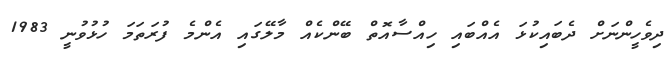
ދިވެހީންނަށް ދެބައިކުޅަ އެއްބައި ހިއްސާއޮތް ބޭންކެއް މާލޭގައި އެންމެ ފުރަތަމަ ހުޅުވުނީ 1983